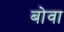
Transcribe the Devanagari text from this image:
बोवा